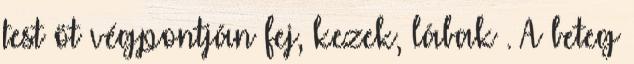
test öt végpontján fej, kezek, lábak . A beteg